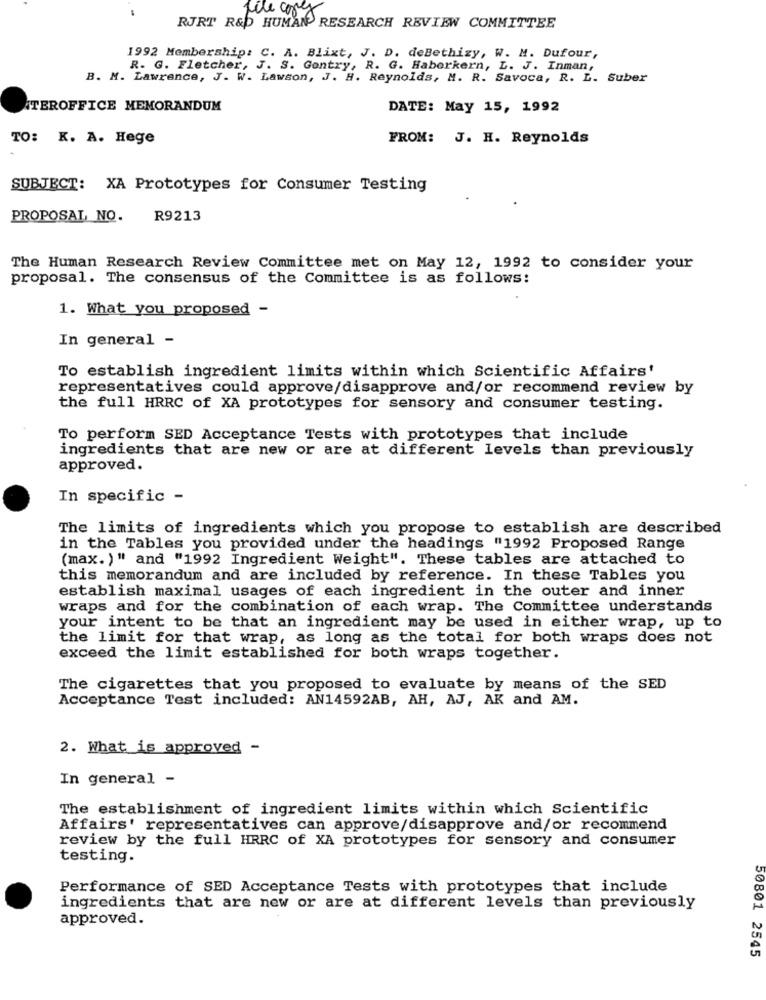
file cores
RJRT R&D HUMAN RESEARCH REVIEW COMMITTEE
1992 Membership: C. A. Blixt, J. D. deBethizy, W. M. Dufour,
R. G. Fletcher, J. S. Gentry, R. G. Haberkern, L. J. Inman,
B. M. Lawrence, J. W. Lawson, J. H. Reynolds, M. R. Savoca, R. L. Suber
TEROFFICE MEMORANDUM
DATE: May 15, 1992
TO: K. A. Hege
FROM: J. H. Reynolds
SUBJECT: XA Prototypes for Consumer Testing
PROPOSAL NO.
R9213
The Human Research Review Committee met on May 12, 1992 to consider your
proposal. The consensus of the Committee is as follows:
1. What you proposed -
In general -
To establish ingredient limits within which Scientific Affairs'
representatives could approve/disapprove and/or recommend review by
the full HRRC of XA prototypes for sensory and consumer testing.
To perform SED Acceptance Tests with prototypes that include
ingredients that are new or are at different levels than previously
approved.
In specific -
The limits of ingredients which you propose to establish are described
in the Tables you provided under the headings "1992 Proposed Range
(max.)" and "1992 Ingredient Weight". These tables are attached to
this memorandum and are included by reference. In these Tables you
establish maximal usages of each ingredient in the outer and inner
wraps and for the combination of each wrap. The Committee understands
your intent to be that an ingredient may be used in either wrap, up to
the limit for that wrap, as long as the total for both wraps does not
exceed the limit established for both wraps together.
The cigarettes that you proposed to evaluate by means of the SED
Acceptance Test included: AN14592AB, AH, AJ, AK and AM.
2. What is approved -
In general -
The establishment of ingredient limits within which Scientific
Affairs' representatives can approve/disapprove and/or recommend
review by the full HRRC of XA prototypes for sensory and consumer
testing.
Performance of SED Acceptance Tests with prototypes that include
ingredients that are new or are at different levels than previously
approved.
50801 2545